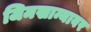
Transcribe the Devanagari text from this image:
जिमखान्यावर